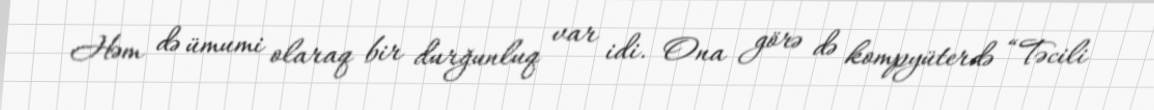
Həm də ümumi olaraq bir durğunluq var idi. Ona görə də kompyüterdə “Təcili